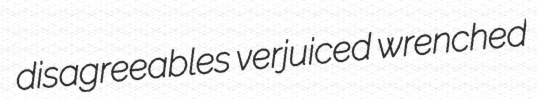
disagreeables verjuiced wrenched